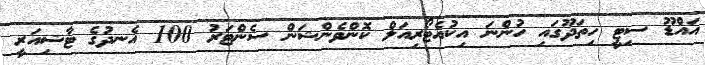
އައްޑޫ ސިޓީ ހިތަދޫގައި ހުންނަ އިކުއެޓޯރިއަލް ކޮންވެންޝަން ސެންޓަރު 100 އެނދުގެ ޓާޝިއަރީ